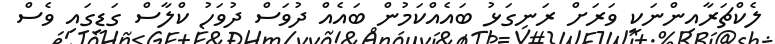
ލެކްޗަރާއިންނަކީ ވަރަށް ރަނގަޅު ބައެއްކަމުން ބައެއް ދުވަސް ދުވަހު ކްލާސް ގަޑީގައި ވެސް